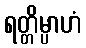
ရတ္တိမ္ပာဟံ